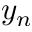
y _ { n }